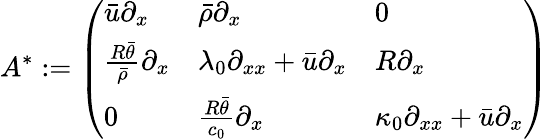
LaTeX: A^{*}:=\left(\begin{array}{lll}{\bar{u}\partial_{x}}&{\bar{\rho}\partial_{x}}&{0}\\ {\frac{R\bar{\theta}}{\bar{\rho}}\partial_{x}}&{\lambda_{0}\partial_{xx}+\bar{u}\partial_{x}}&{R\partial_{x}}\\ {0}&{\frac{R\bar{\theta}}{c_{0}}\partial_{x}}&{\kappa_{0}\partial_{xx}+\bar{u}\partial_{x}}\end{array}\right)